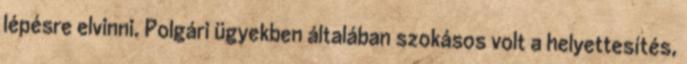
lépésre elvinni. Polgári ügyekben általában szokásos volt a helyettesítés,